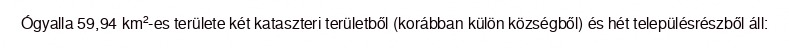
Ógyalla 59,94 km²-es területe két kataszteri területből (korábban külön községből) és hét településrészből áll: